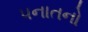
પનાતનો